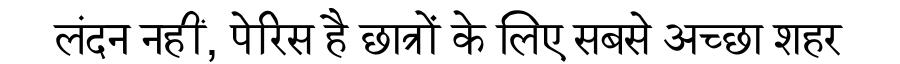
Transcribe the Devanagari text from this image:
लंदन नहीं, पेरिस है छात्रों के लिए सबसे अच्छा शहर